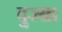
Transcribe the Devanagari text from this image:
दुज्या